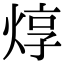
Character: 焞